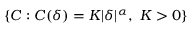
\{ C : C ( \delta ) = K | \delta | ^ { \alpha } , \ K > 0 \}